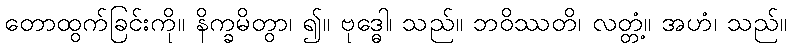
တောထွက်ခြင်းကို။ နိက္ခမိတွာ၊ ၍။ ဗုဒ္ဓေါ၊ သည်။ ဘဝိဿတိ၊ လတ္တံ့။ အဟံ၊ သည်။